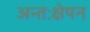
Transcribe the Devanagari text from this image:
अन्तःक्षेपन